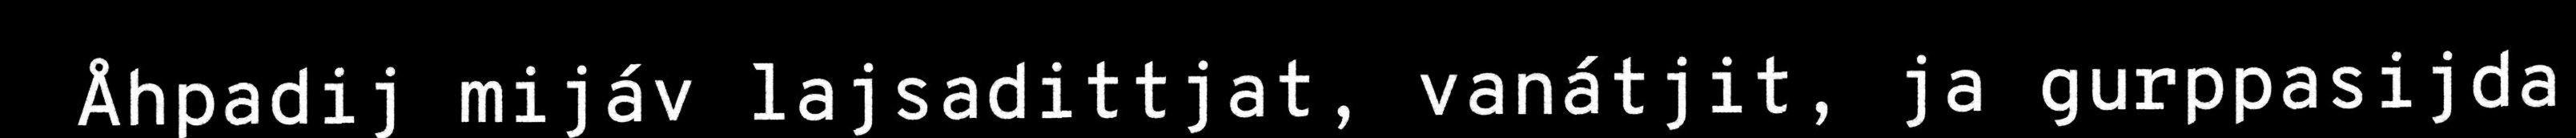
Åhpadij mijáv lajsadittjat, vanátjit, ja gurppasijda